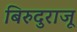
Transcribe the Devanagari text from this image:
बिरुदुराजू